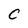
Character: C